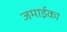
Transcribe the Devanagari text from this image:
जमाईका